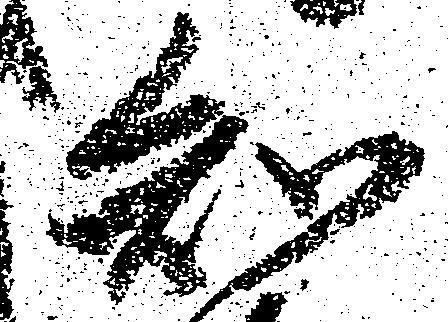
知